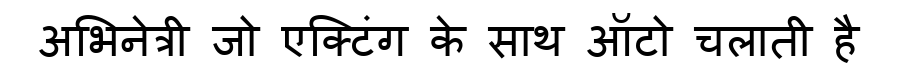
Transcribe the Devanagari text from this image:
अभिनेत्री जो एक्टिंग के साथ ऑटो चलाती है